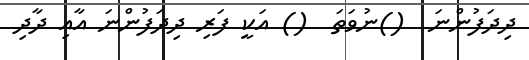
ދިދަފުންނަ  ()ނުވަތަ  () އަކީ ފަރި ދިދަފުންނަ އާއި ދާދި